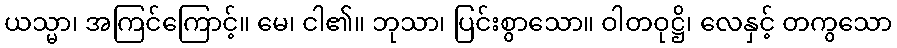
ယသ္မာ၊ အကြင်ကြောင့်။ မေ၊ ငါ၏။ ဘုသာ၊ ပြင်းစွာသော။ ဝါတဝုဋ္ဌိ၊ လေနှင့် တကွသော